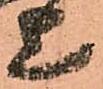
上